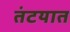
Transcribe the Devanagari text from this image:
तंटयात